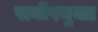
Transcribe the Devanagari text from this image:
सर्वोपयुक्त